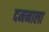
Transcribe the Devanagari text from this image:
दमनाला